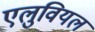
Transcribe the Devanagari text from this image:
एलुवियल